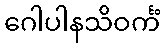
ဂေါပါနသိဝင်္ကံ